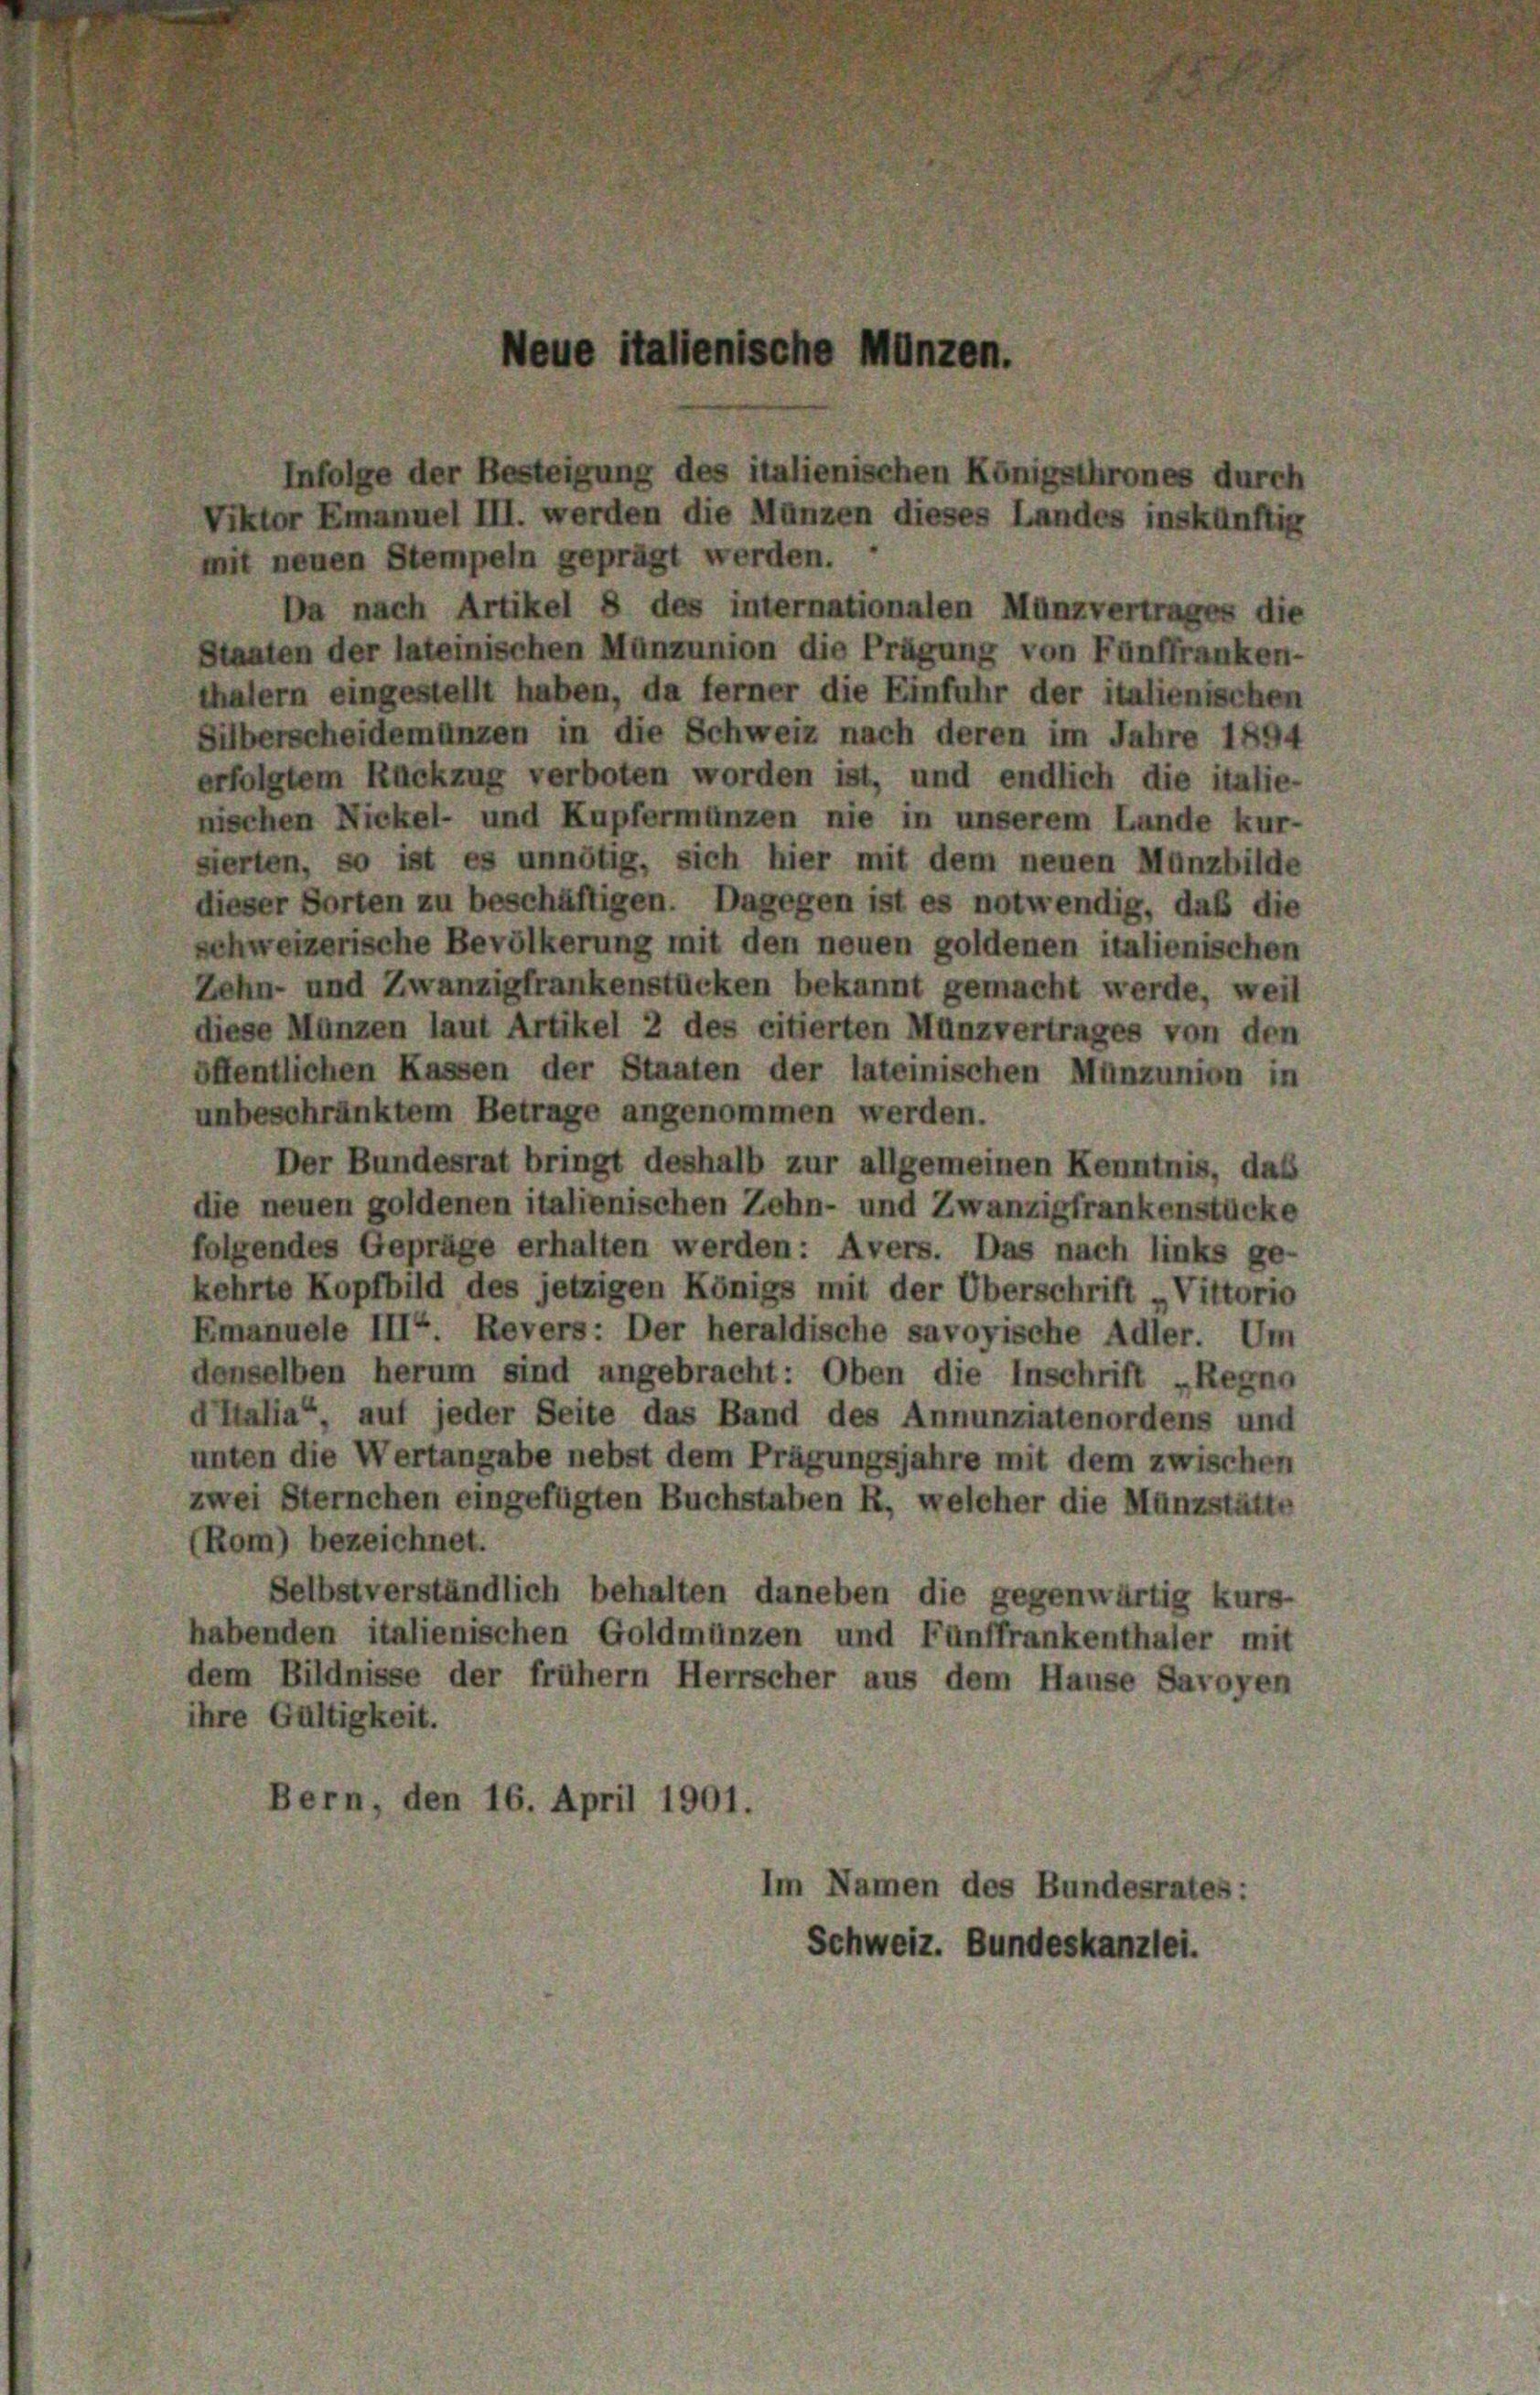
Neue italienische Münzen.

Infolge der Besteigung des italienischen Königsthrones durch
Viktor Emanuel III. werden die Münzen dieses Landes inskünftig
mit neuen Stempeln geprägt werden.
Da nach Artikel 8 des internationalen Münzvertrages die
Staaten der lateinischen Münzunion die Prägung von Fünffranken-
thalern eingestellt haben, da ferner die Einfuhr der italienischen
Silberscheidemünzen in die Schweiz nach deren im Jahre 1894
erfolgtem Rückzug verboten worden ist, und endlich die italie-
nischen Nickel- und Kupfermünzen nie in unserem Lande kur-
sierten, so ist es unnötig, sich hier mit dem neuen Münzbilde
dieser Sorten zu beschäftigen. Dagegen ist es notwendig, daß die
schweizerische Bevölkerung mit den neuen goldenen italienischen
Zehn- und Zwanzigfrankenstücken bekannt gemacht werde, weil
diese Münzen laut Artikel 2 des citierten Münzvertrages von den
öffentlichen Kassen der Staaten der lateinischen Münzunion in
unbeschränktem Betrage angenommen werden.
Der Bundesrat bringt deshalb zur allgemeinen Kenntnis, das
die neuen goldenen italienischen Zehn- und Zwanzigfrankenstücke
folgendes Gepräge erhalten werden: Avers. Das nach links ge-
kehrte Kopfbild des jetzigen Königs mit der Überschrift Vittorio
Emanuele III. Revers: Der heraldische savoyische Adler. Um
denselben herum sind angebracht: Oben die Inschrift „Regno
d’Italia“, auf jeder Seite das Band des Annunziatenordens und
unten die Wertangabe nebst dem Prägungsjahre mit dem zwischen
zwei Sternchen eingefügten Buchstaben R., welcher die Münzstätte
(Rom) bezeichnet.
Selbstverständlich behalten daneben die gegenwärtig kurs-
habenden italienischen Goldmünzen und Fünffrankenthaler mit
dem Bildnisse der frühem Herrscher aus dem Hause Savoyen
ihre Gültigkeit.
Bern, den 16. April 1901.
Im Namen des Bundesrates:
Schweiz. Bundeskanzlei.